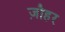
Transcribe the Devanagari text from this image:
ज़ौहर